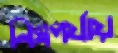
নিম্নপর্যায়